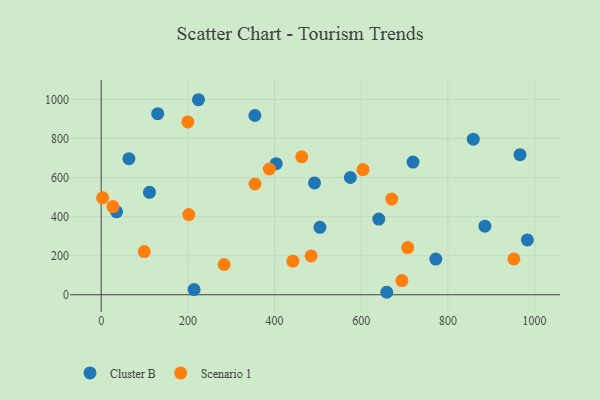
{"axis": {"x": "Ad Spend", "y": "Exam Score"}, "legend": ["Cluster B", "Scenario 1"], "data": [{"x": "214.3", "y": 26.6, "type": "Cluster B"}, {"x": "640.5", "y": 387.4, "type": "Cluster B"}, {"x": "224.4", "y": 998.7, "type": "Cluster B"}, {"x": "130.4", "y": 927.5, "type": "Cluster B"}, {"x": "64.0", "y": 696.7, "type": "Cluster B"}, {"x": "772.0", "y": 182.7, "type": "Cluster B"}, {"x": "504.7", "y": 345.4, "type": "Cluster B"}, {"x": "354.6", "y": 917.8, "type": "Cluster B"}, {"x": "658.9", "y": 12.6, "type": "Cluster B"}, {"x": "983.3", "y": 280.7, "type": "Cluster B"}, {"x": "858.5", "y": 796.5, "type": "Cluster B"}, {"x": "35.5", "y": 424.7, "type": "Cluster B"}, {"x": "719.4", "y": 679.5, "type": "Cluster B"}, {"x": "574.8", "y": 600.4, "type": "Cluster B"}, {"x": "966.3", "y": 717.4, "type": "Cluster B"}, {"x": "885.3", "y": 351.0, "type": "Cluster B"}, {"x": "111.4", "y": 524.6, "type": "Cluster B"}, {"x": "403.7", "y": 671.0, "type": "Cluster B"}, {"x": "492.2", "y": 572.6, "type": "Cluster B"}, {"x": "99.3", "y": 220.8, "type": "Scenario 1"}, {"x": "199.9", "y": 884.8, "type": "Scenario 1"}, {"x": "693.8", "y": 72.3, "type": "Scenario 1"}, {"x": "283.7", "y": 154.9, "type": "Scenario 1"}, {"x": "354.9", "y": 567.2, "type": "Scenario 1"}, {"x": "442.3", "y": 171.8, "type": "Scenario 1"}, {"x": "3.3", "y": 496.2, "type": "Scenario 1"}, {"x": "462.7", "y": 706.7, "type": "Scenario 1"}, {"x": "707.1", "y": 241.4, "type": "Scenario 1"}, {"x": "952.2", "y": 183.5, "type": "Scenario 1"}, {"x": "27.2", "y": 451.7, "type": "Scenario 1"}, {"x": "484.3", "y": 198.6, "type": "Scenario 1"}, {"x": "604.1", "y": 641.2, "type": "Scenario 1"}, {"x": "670.4", "y": 490.0, "type": "Scenario 1"}, {"x": "387.9", "y": 643.9, "type": "Scenario 1"}, {"x": "202.1", "y": 410.3, "type": "Scenario 1"}]}